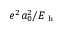
e ^ { 2 } a _ { 0 } ^ { 2 } / E _ { \mathrm { ~ h ~ } }